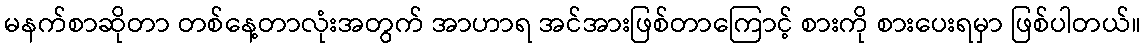
မနက်စာဆိုတာ တစ်နေ့တာလုံးအတွက် အာဟာရ အင်အားဖြစ်တာကြောင့် စားကို စားပေးရမှာ ဖြစ်ပါတယ်။